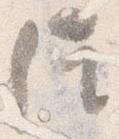
位